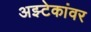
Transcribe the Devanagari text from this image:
अझ्टेकांवर